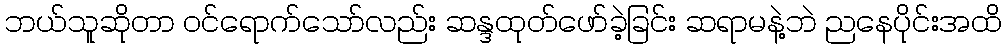
ဘယ်သူဆိုတာ ဝင်ရောက်သော်လည်း ဆန္ဒထုတ်ဖော်ခဲ့ခြင်း ဆရာမနဲ့ဘဲ ညနေပိုင်းအထိ